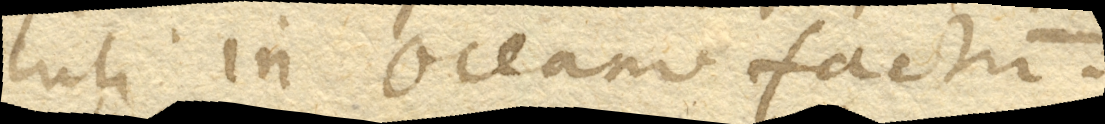
culi in oceano factum.